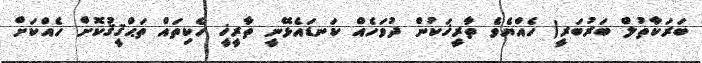
ބަރަކާތުލް ބަރުބަރީ) ހެއްޔެވެ ތާރީޚަކުން ދުވަހެއް ކަނޑައެޅޭނީ ތާރީޚީ ހެކިތައް ތަޙްޤީޤުކޮށް ހެއްކަށް